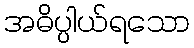
အဓိပ္ပါယ်ရသော